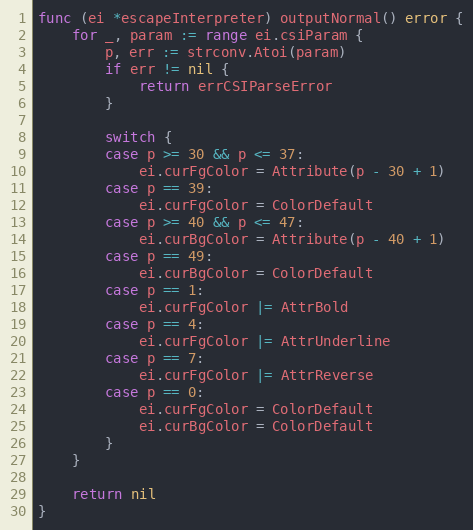
Language: Go
func (ei *escapeInterpreter) outputNormal() error {
	for _, param := range ei.csiParam {
		p, err := strconv.Atoi(param)
		if err != nil {
			return errCSIParseError
		}

		switch {
		case p >= 30 && p <= 37:
			ei.curFgColor = Attribute(p - 30 + 1)
		case p == 39:
			ei.curFgColor = ColorDefault
		case p >= 40 && p <= 47:
			ei.curBgColor = Attribute(p - 40 + 1)
		case p == 49:
			ei.curBgColor = ColorDefault
		case p == 1:
			ei.curFgColor |= AttrBold
		case p == 4:
			ei.curFgColor |= AttrUnderline
		case p == 7:
			ei.curFgColor |= AttrReverse
		case p == 0:
			ei.curFgColor = ColorDefault
			ei.curBgColor = ColorDefault
		}
	}

	return nil
}